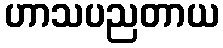
ဟာသပညတာယ